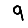
Digit: 9